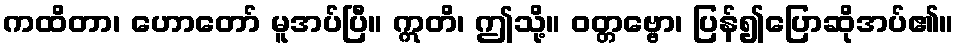
ကထိတာ၊ ဟောတော် မူအပ်ပြီ။ ဣတိ၊ ဤသို့။ ဝတ္တဗ္ဗော၊ ပြန်၍ပြောဆိုအပ်၏။